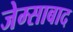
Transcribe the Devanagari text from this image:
जेम्साबाद